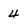
Character: 4